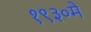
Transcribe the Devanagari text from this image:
१९३०में